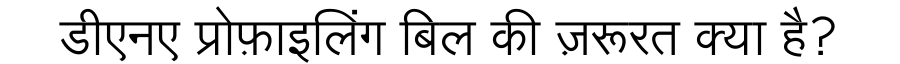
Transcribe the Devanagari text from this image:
डीएनए प्रोफ़ाइलिंग बिल की ज़रूरत क्या है?